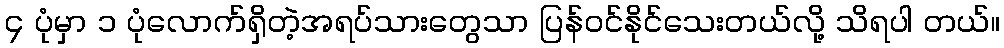
၄ ပုံမှာ ၁ ပုံလောက်ရှိတဲ့အရပ်သားတွေသာ ပြန်ဝင်နိုင်သေးတယ်လို့ သိရပါ တယ်။